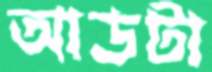
আডটা